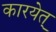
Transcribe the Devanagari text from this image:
कारयेत्‌